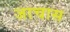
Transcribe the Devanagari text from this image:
जाचास